Report on the bubonic plague in Bombay, 1896-1897
Year: 1896
Disease focus: Plague
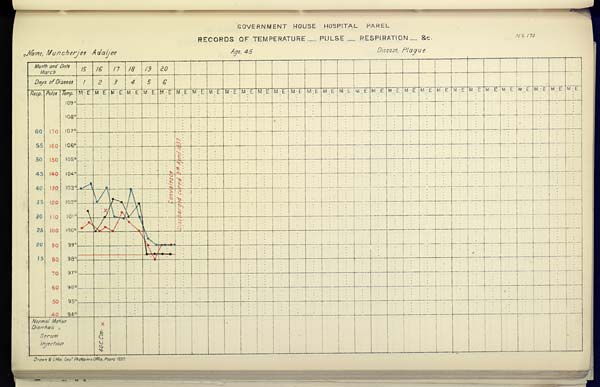
GOVERNMENT HOUSE HOSPITAL PAREL
RECORDS OF TEMPERATURE __ PULSE __ RESPIRATION __ &c. No. 173
Name,
Muncherjee
Adaljee
Age,
45
Disease,
Plague
Drawn & Litho Govt. Photozinco, Office, Poona 1897.